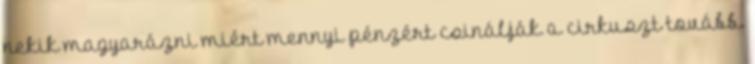
nekik magyarázni miért mennyi pénzért csinálják a cirkuszt tovább.